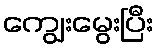
ကျွေးမွေးပြီး